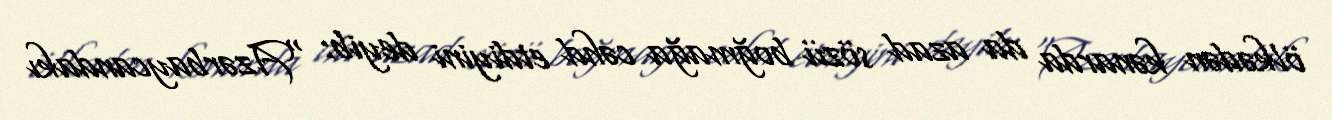
ölkədən kənarda da azad sözü boğmağa cəhd etdiyini deyib: “Azərbaycandakı